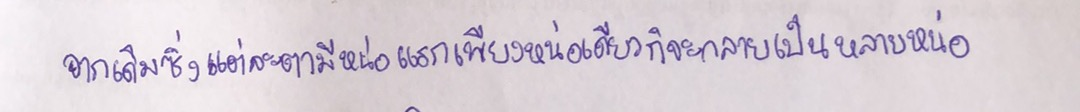
จากเดิมซึ่งแต่ละตามีหน่อแรกเพียงหน่อเดียวก็จะกลายเป็นหลายหน่อ